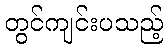
တွင်ကျင်းပသည့်